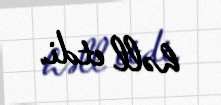
həll etdi.